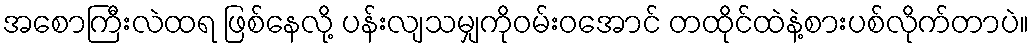
အစောကြီးလဲထရ ဖြစ်နေလို့ ပန်းလျသမျှကိုဝမ်းဝအောင် တထိုင်ထဲနဲ့စားပစ်လိုက်တာပဲ။